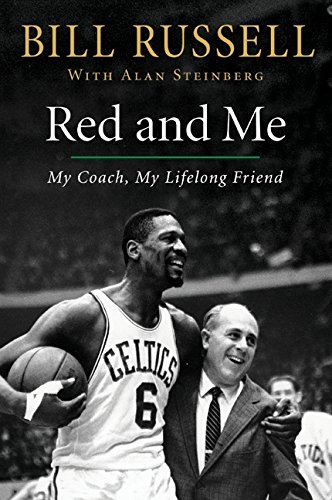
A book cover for Red and Me: My Coach, My Lifelong Friend; Bill Russell; Sports & Outdoors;